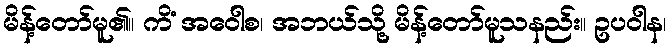
မိန့်တော်မူ၏။ ကိံ အဝေါစ၊ အဘယ်သို့ မိန့်တော်မူသနည်း။ ဥပဝါန၊